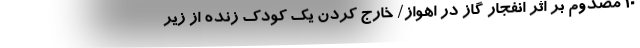
10 مصدوم بر اثر انفجار گاز در اهواز/ خارج کردن یک کودک زنده از زیر